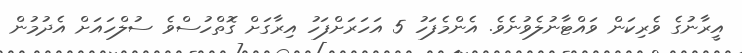
އީރާނުގެ ވެރިކަން ވައްޓާނުލެވުނެވެ. އެންމެފަހު 5 އަހަރަށްފަހު އިރާގަށް ގޮތްހުސްވެ ސުލްހައަށް އެދުމުން